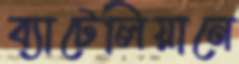
ব্যাটেলিয়ানে